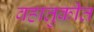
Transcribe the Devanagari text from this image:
वहातुकीत